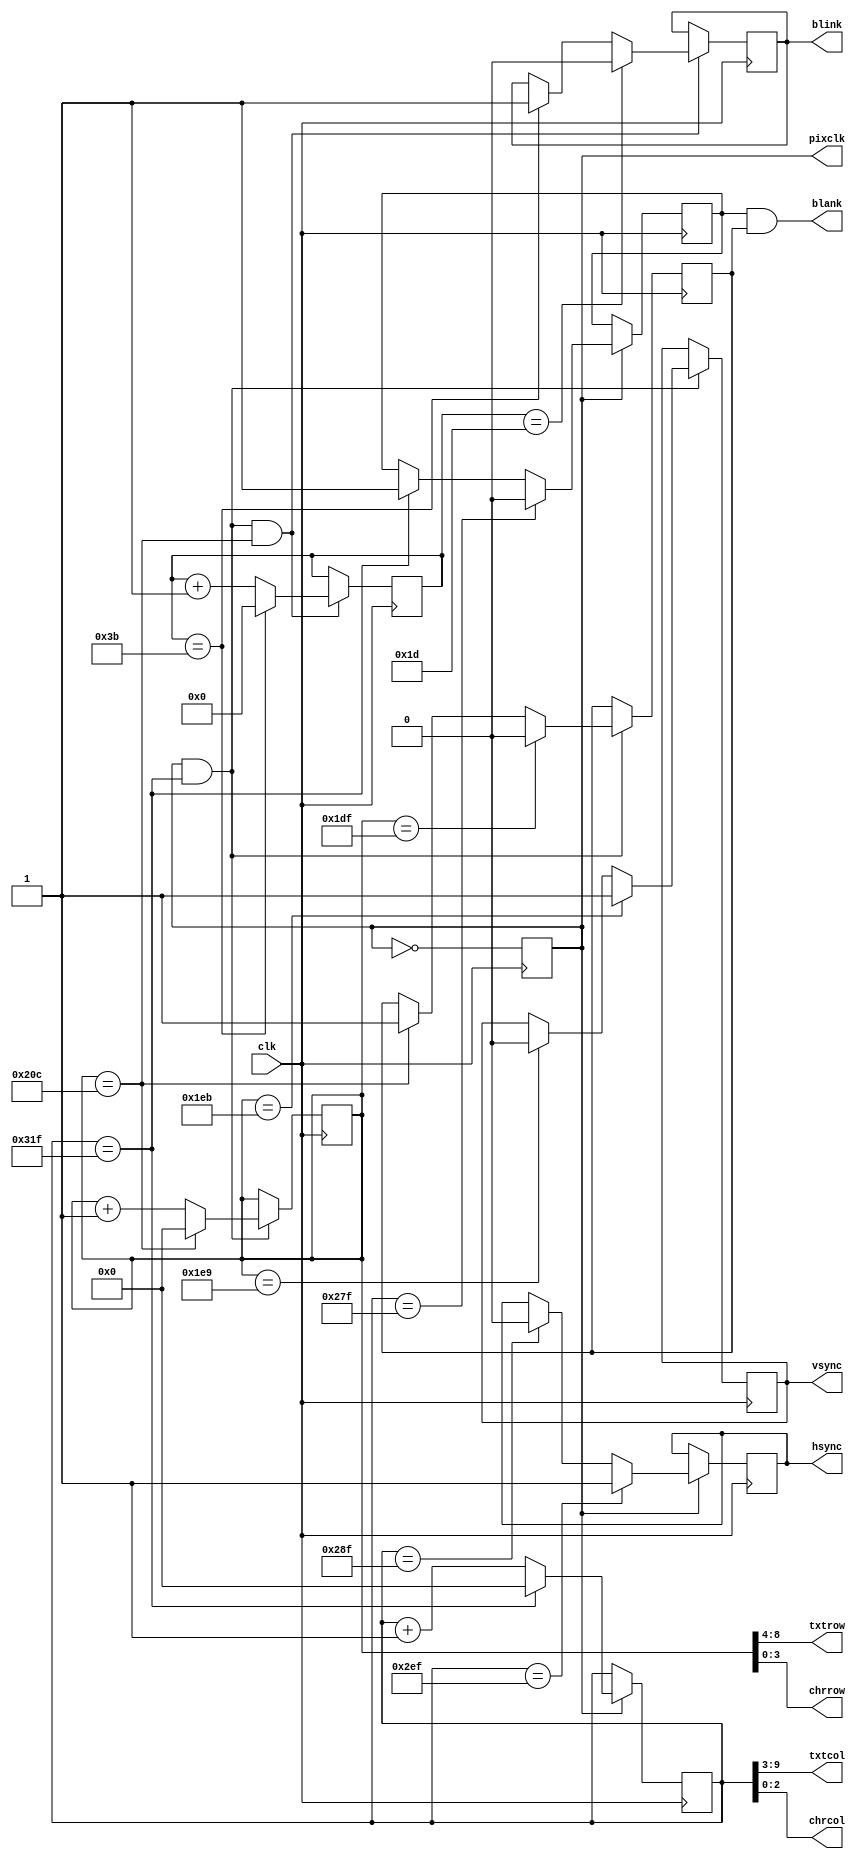
module timing(clk, pixclk,
              txtrow, txtcol,
              chrrow, chrcol,
              blank, hsync, vsync, blink);
    input clk;
    output pixclk;
    output [4:0] txtrow;
    output [6:0] txtcol;
    output [3:0] chrrow;
    output [2:0] chrcol;
    output blank;
    output hsync;
    output vsync;
    output reg blink;

  reg pclk;
  reg [9:0] hcnt;
  reg hblank, hsynch;
  reg [9:0] vcnt;
  reg vblank, vsynch;
  reg [5:0] bcnt;

  always @(posedge clk) begin
    pclk <= ~pclk;
  end

  assign pixclk = pclk;

  always @(posedge clk) begin
    if (pclk == 1) begin
      if (hcnt == 10'd799) begin
        hcnt <= 10'd0;
        hblank <= 1;
      end else begin
        hcnt <= hcnt + 1;
      end
      if (hcnt == 10'd639) begin
        hblank <= 0;
      end
      if (hcnt == 10'd655) begin
        hsynch <= 0;
      end
      if (hcnt == 10'd751) begin
        hsynch <= 1;
      end
    end
  end

  always @(posedge clk) begin
    if (pclk == 1 && hcnt == 10'd799) begin
      if (vcnt == 10'd524) begin
        vcnt <= 10'd0;
        vblank <= 1;
      end else begin
        vcnt <= vcnt + 1;
      end
      if (vcnt == 10'd479) begin
        vblank <= 0;
      end
      if (vcnt == 10'd489) begin
        vsynch <= 0;
      end
      if (vcnt == 10'd491) begin
        vsynch <= 1;
      end
    end
  end

  always @(posedge clk) begin
    if (pclk == 1 && hcnt == 10'd799 && vcnt == 10'd524) begin
      if (bcnt == 6'd59) begin
        bcnt <= 6'd0;
        blink <= 1;
      end else begin
        bcnt <= bcnt + 1;
      end
      if (bcnt == 6'd29) begin
        blink <= 0;
      end
    end
  end

  assign blank = hblank & vblank;

  assign hsync = hsynch;
  assign vsync = vsynch;

  assign txtrow[4:0] = vcnt[8:4];
  assign txtcol[6:0] = hcnt[9:3];
  assign chrrow[3:0] = vcnt[3:0];
  assign chrcol[2:0] = hcnt[2:0];

endmodule